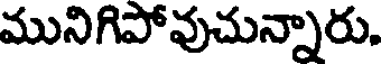
మునిగిపోవుచున్నారు.